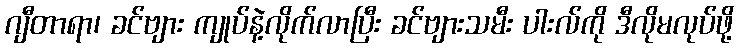
ဂျီတာရာ၊ ခင်ဗျား ကျုပ်နဲ့လိုက်လာပြီး ခင်ဗျားသမီး ပါးလ်ကို ဒီလိုမလုပ်ဖို့